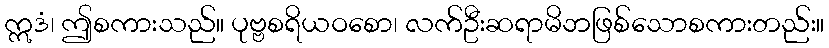
ဣဒံ၊ ဤစကားသည်။ ပုဗ္ဗစရိယဝစော၊ လက်ဦးဆရာမိဘဖြစ်သောစကားတည်း။